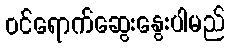
ဝင်ရောက်ဆွေးနွေးပါမည်